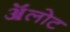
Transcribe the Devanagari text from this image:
ॲलोट